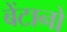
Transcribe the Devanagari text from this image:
बेंटानो